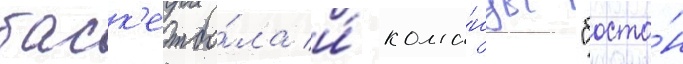
баск'етбо́ла и́ кома́нды "босто́н